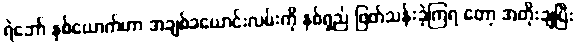
ရဲဘော် နှစ်ယောက်ဟာ အချစ်ခယောင်းလမ်းကို နှစ်ရှည် ဖြတ်သန်းခဲ့ကြရ တော့ အတိုးချပြီး